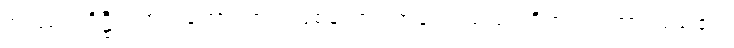
သဿတဒိဋ္ဌိသဟ ဂတော၊ တကွဖြစ်သော။ ရာဂေါ၊ သည်။ ဝိဘဝတဏှာ၊ မည်၏။